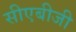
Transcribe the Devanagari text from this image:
सीएबीजी